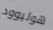
هوليوود